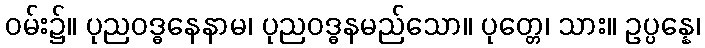
ဝမ်း၌။ ပုညဝဒ္ဓနေနာမ၊ ပုညဝဒ္ဓနမည်သော။ ပုတ္တေ၊ သား။ ဥပ္ပန္နေ၊